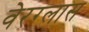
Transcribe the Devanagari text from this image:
वेरग्लास